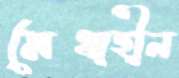
মেধাহীন